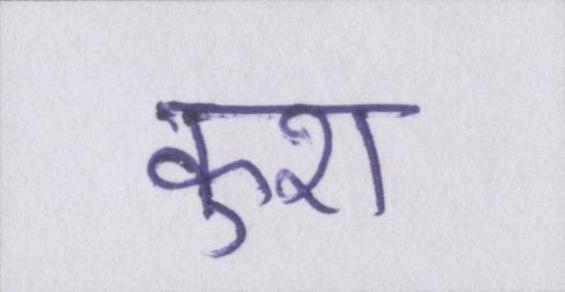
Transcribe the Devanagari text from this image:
कुश